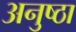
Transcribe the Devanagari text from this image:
अनुष्ठा